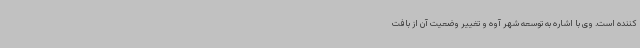
کننده است. وی با اشاره به توسعه شهر آوه و تغییر وضعیت آن از بافت